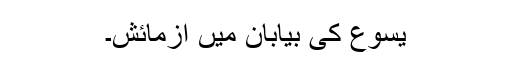
یسوع کی بیابان میں آزمائش۔